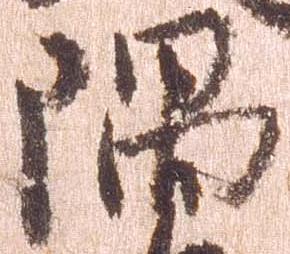
隅